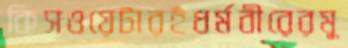
কিসওয়েটারইধর্মবীরেরমু